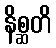
နိစ္ဆတိ